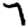
Digit: 7